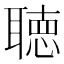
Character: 聴